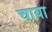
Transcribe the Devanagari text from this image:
चाया